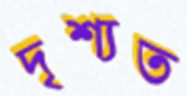
দৃশ্যত